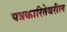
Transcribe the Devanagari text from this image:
पत्रकारितेवरील